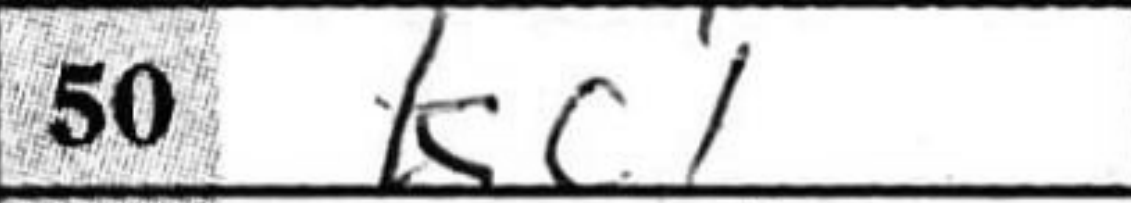
Transcription: Kc1